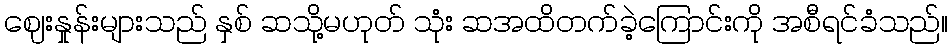
ဈေးနှုန်းများသည် နှစ် ဆသို့မဟုတ် သုံး ဆအထိတက်ခဲ့ကြောင်းကို အစီရင်ခံသည်။